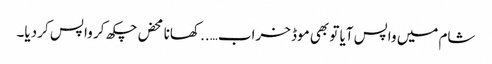
شام میں واپس آیا تو بھی موڈ خراب….. کھانا محض چکھ کر واپس کر دیا۔